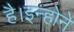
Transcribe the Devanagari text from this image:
है।इन्होने